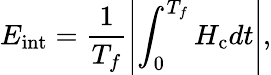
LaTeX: E_{\mathrm{int}}=\frac{1}{T_{f}}\left|\int_{0}^{T_{f}}H_{\mathrm{c}}dt\right|,